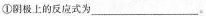
①阴极上的反应式为___。